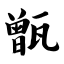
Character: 甑